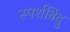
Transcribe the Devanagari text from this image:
स्पर्शबिंदु